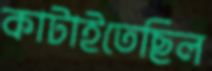
কাটাইতেছিল